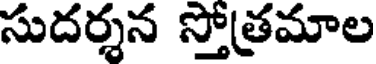
సుదర్శన స్తోత్రమాల